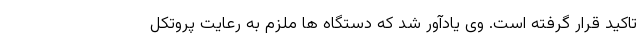
تاکید قرار گرفته است. وی یادآور شد که دستگاه ها ملزم به رعایت پروتکل